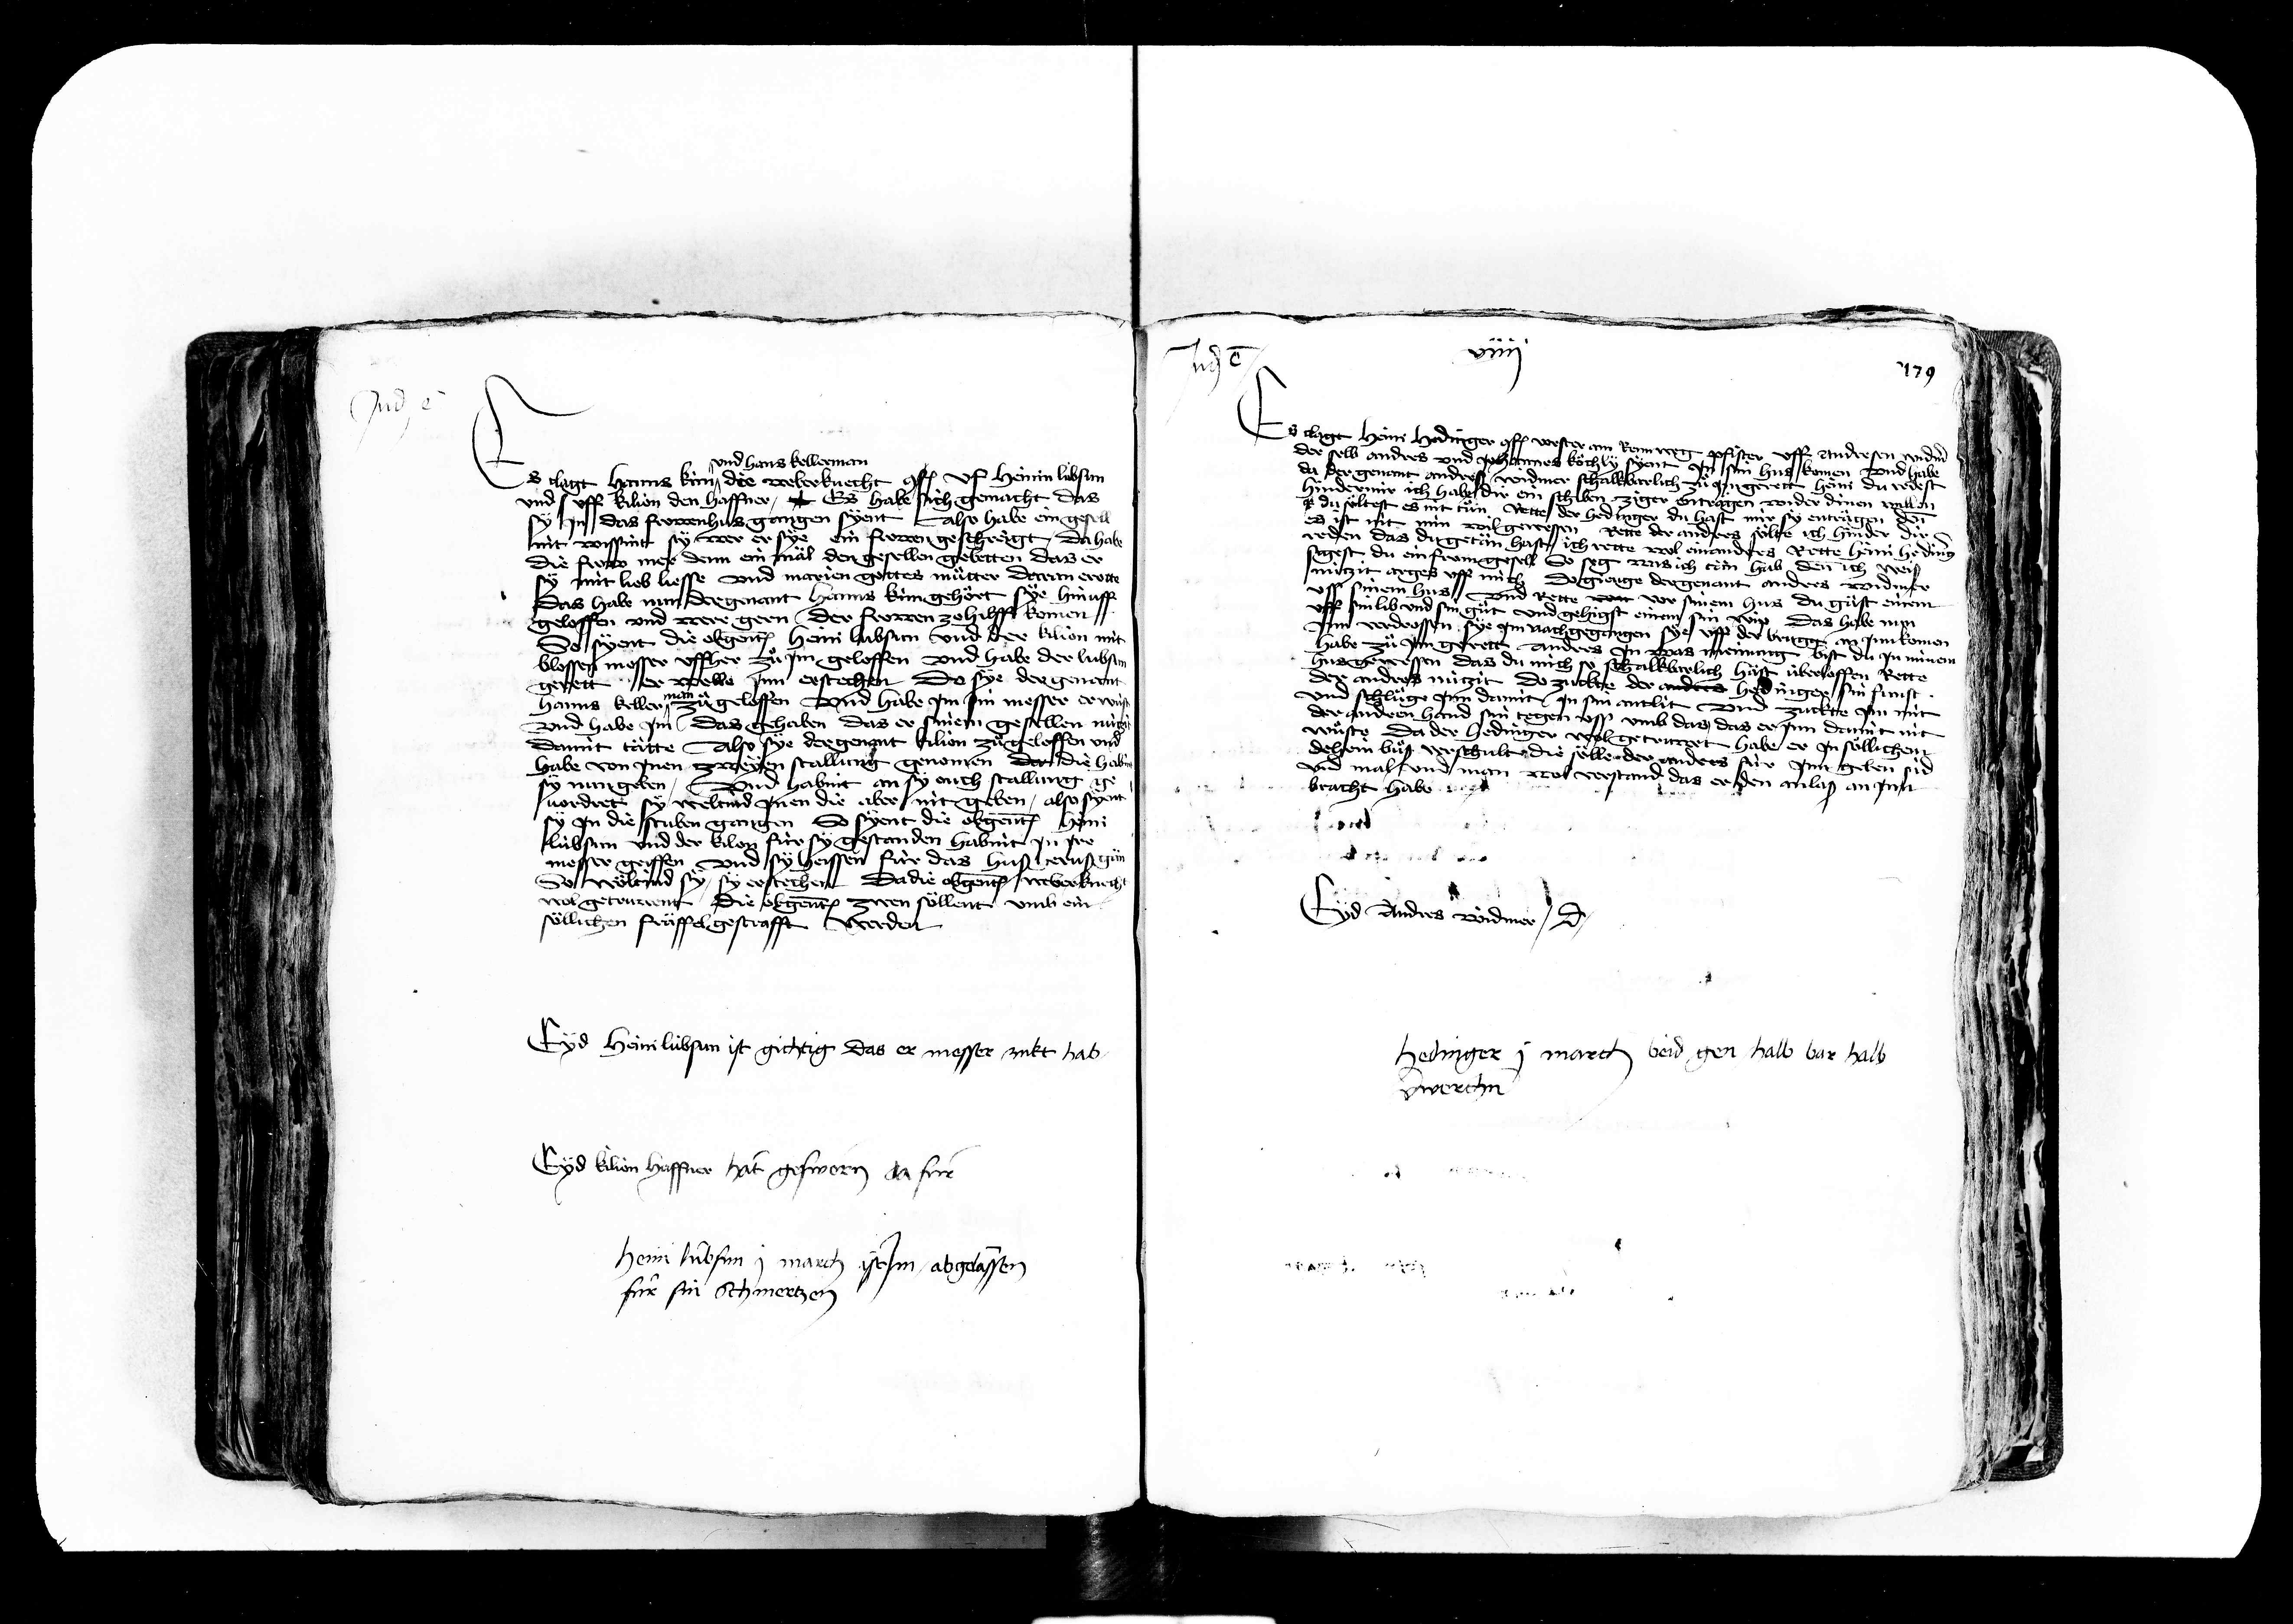
Transcription:
Judicatum est

und hanns kellerman
Es clagt Hanns kün die weber knecht conf. uff Heinin libsun
und uff kilyon den haffner Es habe sich gemacht das
jn das frowen hus gangen syent Also habe ein gesell
nit wissint sy wer er sye ein frowen geschragt Da habe
die frow mer denn ein mal den gesellen gebetten das er
mit lieb liesse und manen gottes muetter daran erotte
das habe nun der genant Hanns küngehort sye hinuff
geloffen und were gern der frowen zohilff komen
do syent die obgenanten heini Lübsun und der kilyon mit
blossen messer uffher zue jm geloffen und habe der lübsin
gerett er welle jnn erstechen Do sye der genant
Hanns Keller zue geloffen und habe jm jm messer erwie
und habe jm das gehaben das er sinem gesellen mich
damit taette Also sye der genant klon zue geloffen und
habe von jnen zweyen stallung genomen da die habe
sy nun geben und habint an sy ouch stallung
vordret sy weltind jnen die aber nit geben also sye
jn die stuben gangen So syent die obgenanten heini
kübsun und der kilon für sy gestanden habint jn jre
messer griffen und sy heissen für das huss geruss gen
So wöltind sy sy erstechen da die obgenanten weber knech
wol getrüwent die obgenanten zwen soellent umb ein
söllichen fraeffel gestrafft werden

s clagt Heini Hedinger conf. vorster am Rennwe
derselb andres und johannes koechly syent jn sin hus komen und habe
Pfister uff Andersen v
da der genant andres widmer schalkbarlich zue jm gerett Heini du redest
hinder mir ich habe dir ein schiben ziger btragen wider dinen willen
du soeltest es nit tuen Rette der hedinger du hast mir sy entragen
es ist nit min wil gewessen Rette der anders soelte ich hinder dir
reden das du getän hast ich rette wol einanders Rette heini heding
sigest du ein from gesell so sig was ich tän hab denn ich wei
nützit argeb uff mich do gienge der genant anders widmer
uss sinem hus und rette von vor sinem hus du gust einem
uff sin lib und sin guet und gehigst einem sin wip das habe nun
jnn verdrossen sye jm nach gegangen sye uff der brugg an jnn komen
habe zue jm gerett anders jn was meining bist du jn minem
hus gewessen das du mich so schalkbarlich hät überloffen Rette
der andres nützit do zuckte der ander hedinger sin funst
und schluege jnn damit jn sin antlitt und zuckte jm mit
der andren hand sin tegen uss umb das das er jnn damit nit
wuste da der Hedinger wol getrüwet habe er jn soellichen
dehein buoß verschult die söllender anders für jnn geben sid
und mal und man wol verstand das er den anlaß an jnn
bracht habe
77
1
Eyd unders Roeidmer dicit

Eyd heini Lübsun ist gichtig das er messer zukt hab

hedinger j march beid gen halb bar halb
werch

Eyd kon haffner hät gesworen da für
Heini Lübsun j march ist jm abgelassen
für sin schmertzen

v